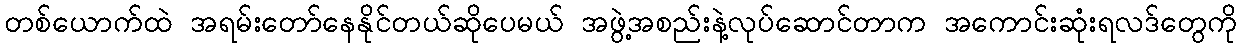
တစ်ယောက်ထဲ အရမ်းတော်နေနိုင်တယ်ဆိုပေမယ် အဖွဲ့အစည်းနဲ့လုပ်ဆောင်တာက အကောင်းဆုံးရလဒ်တွေကို